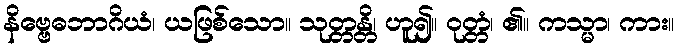
နိဗ္ဗေဓဘာဂိယံ၊ ယဖြစ်သော။ သုတ္တန္တိ၊ ဟူ၍။ ဝုတ္တံ၊ ၏။ ကသ္မာ၊ ကား။